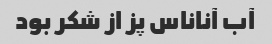
آب آناناس پز از شکر بود